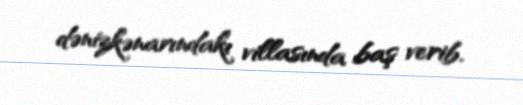
dənizkənarındakı villasında baş verib.